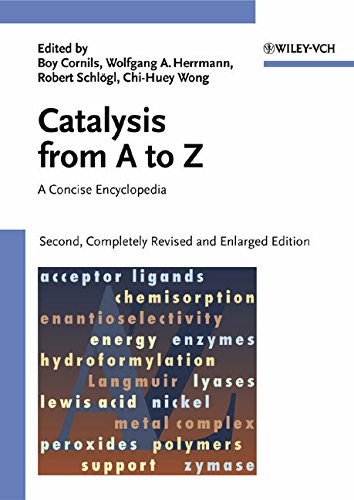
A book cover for Catalysis from A to Z: A Concise Encyclopedia; Science & Math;